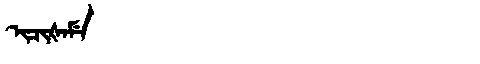
Manchu: ᡳᠴᡳᡧᠠᠮᡝ
Romanization: ICIŠAME